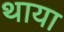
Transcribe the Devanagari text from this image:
थाया